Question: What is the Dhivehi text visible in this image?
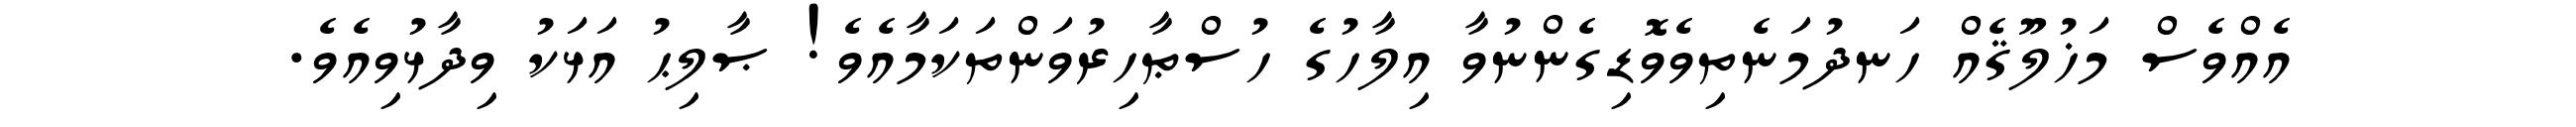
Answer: އެއްވެސް މަޚުލޫޤެއް ހަނދުމަނެތިވެވޮޑިގެންނުވާ އިލާހުގެ ހުސްޠާހިރުވަންތަކަމާއެވެ! ޞާލިޙު އަޅަކު ވިދާޅުވިއެވެ.